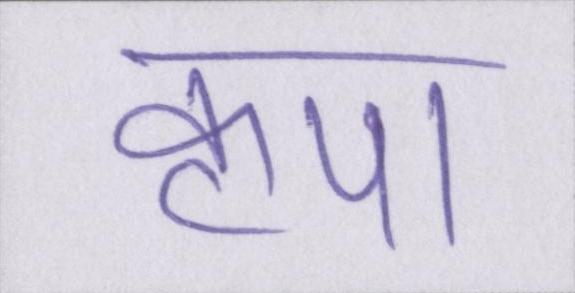
कृपा